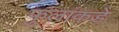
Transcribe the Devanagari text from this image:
फुलांकडे